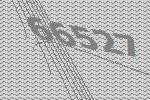
66527